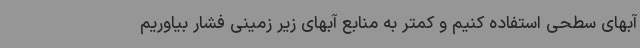
آبهای سطحی استفاده کنیم و کمتر به منابع آبهای زیر زمینی فشار بیاوریم